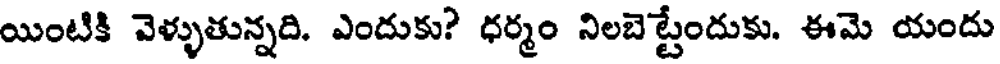
యింటికి వెళ్ళుతున్నది. ఎందుకు? ధర్మం నిలబెట్టేందుకు. ఈమె యందు